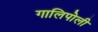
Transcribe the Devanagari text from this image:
गालिपोली